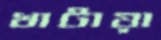
খাটায়া